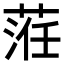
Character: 𦴷